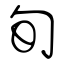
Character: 旬